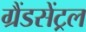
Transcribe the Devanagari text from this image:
ग्रैंडसेंट्रल